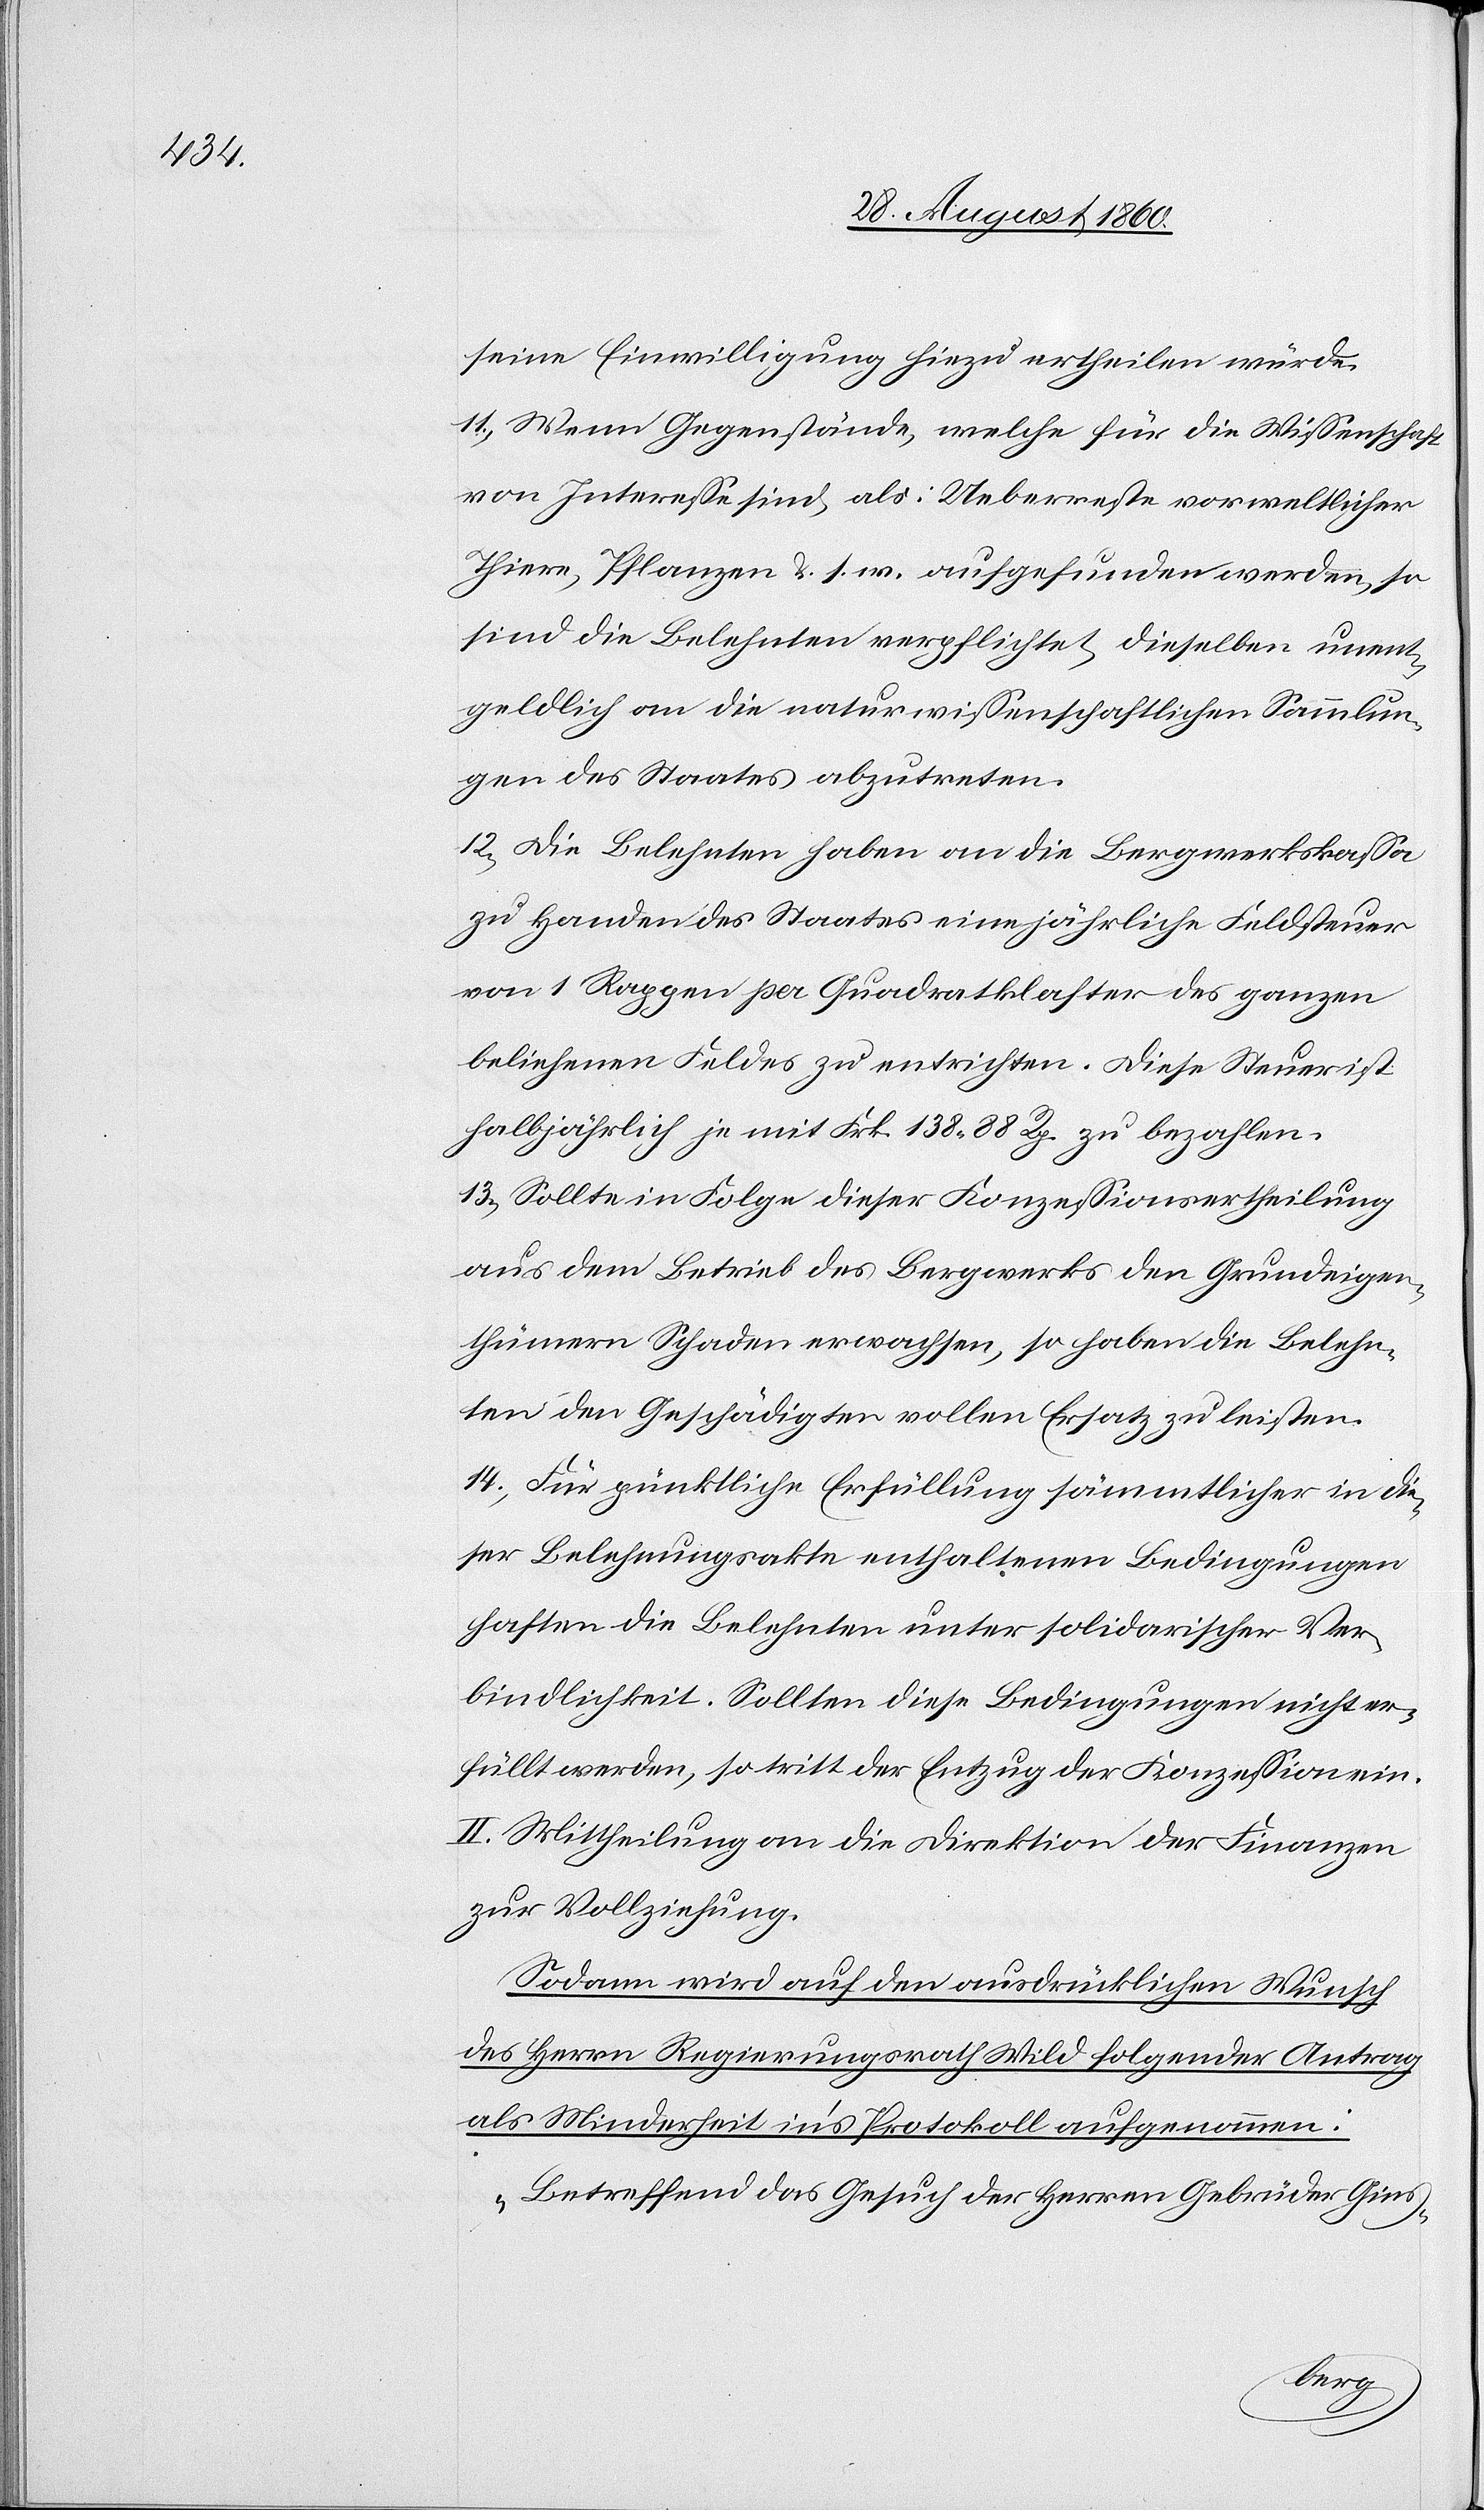
seine Einwilligung hiezu ertheilen würde.
11. Wenn Gegenstände, welche für die Wissenschaft
von Interesse sind, als: Ueberreste vorweltlicher
Thiere, Pflanzen u. s. w. aufgefunden werden, so
sind die Belehnten verpflichtet, dieselben unent¬
geldlich an die naturwissenschaftlichen Sammlun¬
gen des Staates abzutreten.
12. Die Belehnten haben an die Bergwerkskassa
zu Handen des Staates eine jährliche Feldsteuer
von 1 Rappen pr. Quadratklafter des ganzen
beliehenen Feldes zu entrichten. Diese Steuer ist
halbjährlich je mit Frk. 138. 88C zu bezahlen.
13. Sollte in Folge dieser Conzessionsvertheilung
aus dem Betrieb des Bergwerks den Grundeigen¬
thümern Schaden erwachsen, so haben die Belehn¬
ten den Geschädigten vollen Ersatz zu leisten.
14. Für pünktliche Erfüllung sämmtlicher in die¬
ser Belehnungsakte enthaltenen Bedingungen
haften die Belehnten unter solidarischer Ver¬
bindlichkeit. Sollten diese Bedingungen nicht er¬
füllt werden, so tritt der Entzug der Conzession ein.
II. Mittheilung an die Direktion der Finanzen
zur Vollziehung.
Sodann wird auf den ausdrücklichen Wunsch
des Herrn Regierungsrath Wild folgender Antrag
als Minderheit in’s Protokoll aufgenommen:
„Betreffend das Gesuch der Herren Gebrüder Gins¬
berg